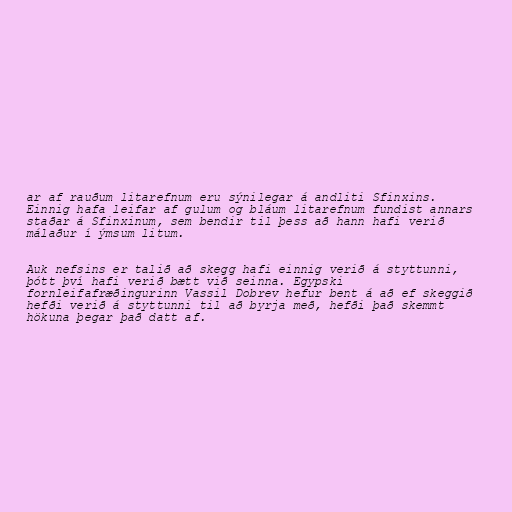
ar af rauðum litarefnum eru sýnilegar á andliti Sfinxins.
Einnig hafa leifar af gulum og bláum litarefnum fundist annars
staðar á Sfinxinum, sem bendir til þess að hann hafi verið
málaður í ýmsum litum.

Auk nefsins er talið að skegg hafi einnig verið á styttunni,
þótt því hafi verið bætt við seinna. Egypski
fornleifafræðingurinn Vassil Dobrev hefur bent á að ef skeggið
hefði verið á styttunni til að byrja með, hefði það skemmt
hökuna þegar það datt af.